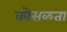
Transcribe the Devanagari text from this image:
कोसळता